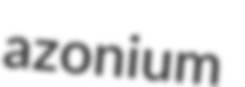
azonium